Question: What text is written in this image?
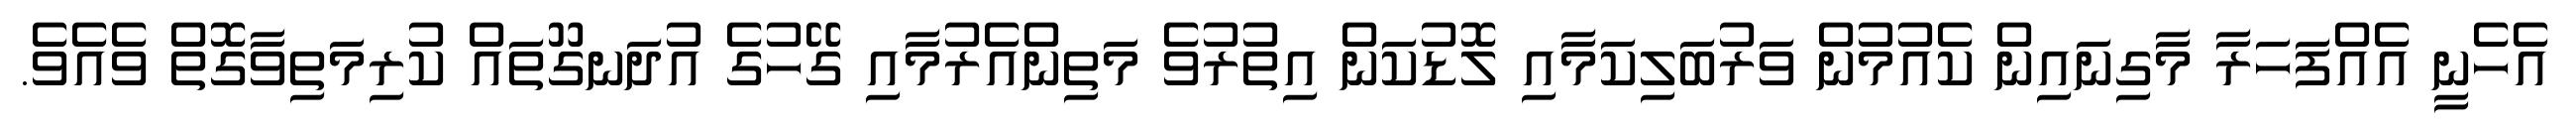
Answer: އެހެނީ އެއްފަހަރާ މާގިނައިން ކެއުމުން ވަރުބަލިކަމާއި ލޮޑުކަން އިތުރުވެ މަތިންއެރުމާއި ގޭހުގެ އުދަނގޫތައް ކުރިމަތިވާގޮތް ވެއެވެ.